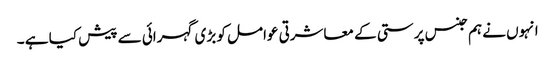
انہوں نے ہم جنس پرستی کے معاشرتی عوامل کو بڑی گہرائی سے پیش کیا ہے ۔